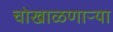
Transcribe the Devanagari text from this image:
चोखाळणाऱ्या